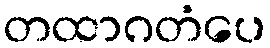
တထာဂတံပေ